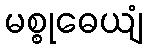
မစ္စုဓေယျံ